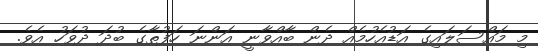
މި މައްސަލައިގެ އަޑުއެހުމެއް ދެން ބާއްވާނީ އަންނަ ހަފުތާގެ ބުދަ ދުވަހު އެވެ.